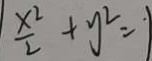
\frac { x ^ { 2 } } { 2 } + y ^ { 2 } = 1